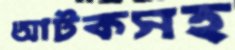
আটকসহ